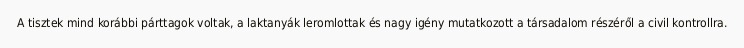
A tisztek mind korábbi párttagok voltak, a laktanyák leromlottak és nagy igény mutatkozott a társadalom részéről a civil kontrollra.